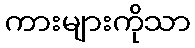
ကားများကိုသာ